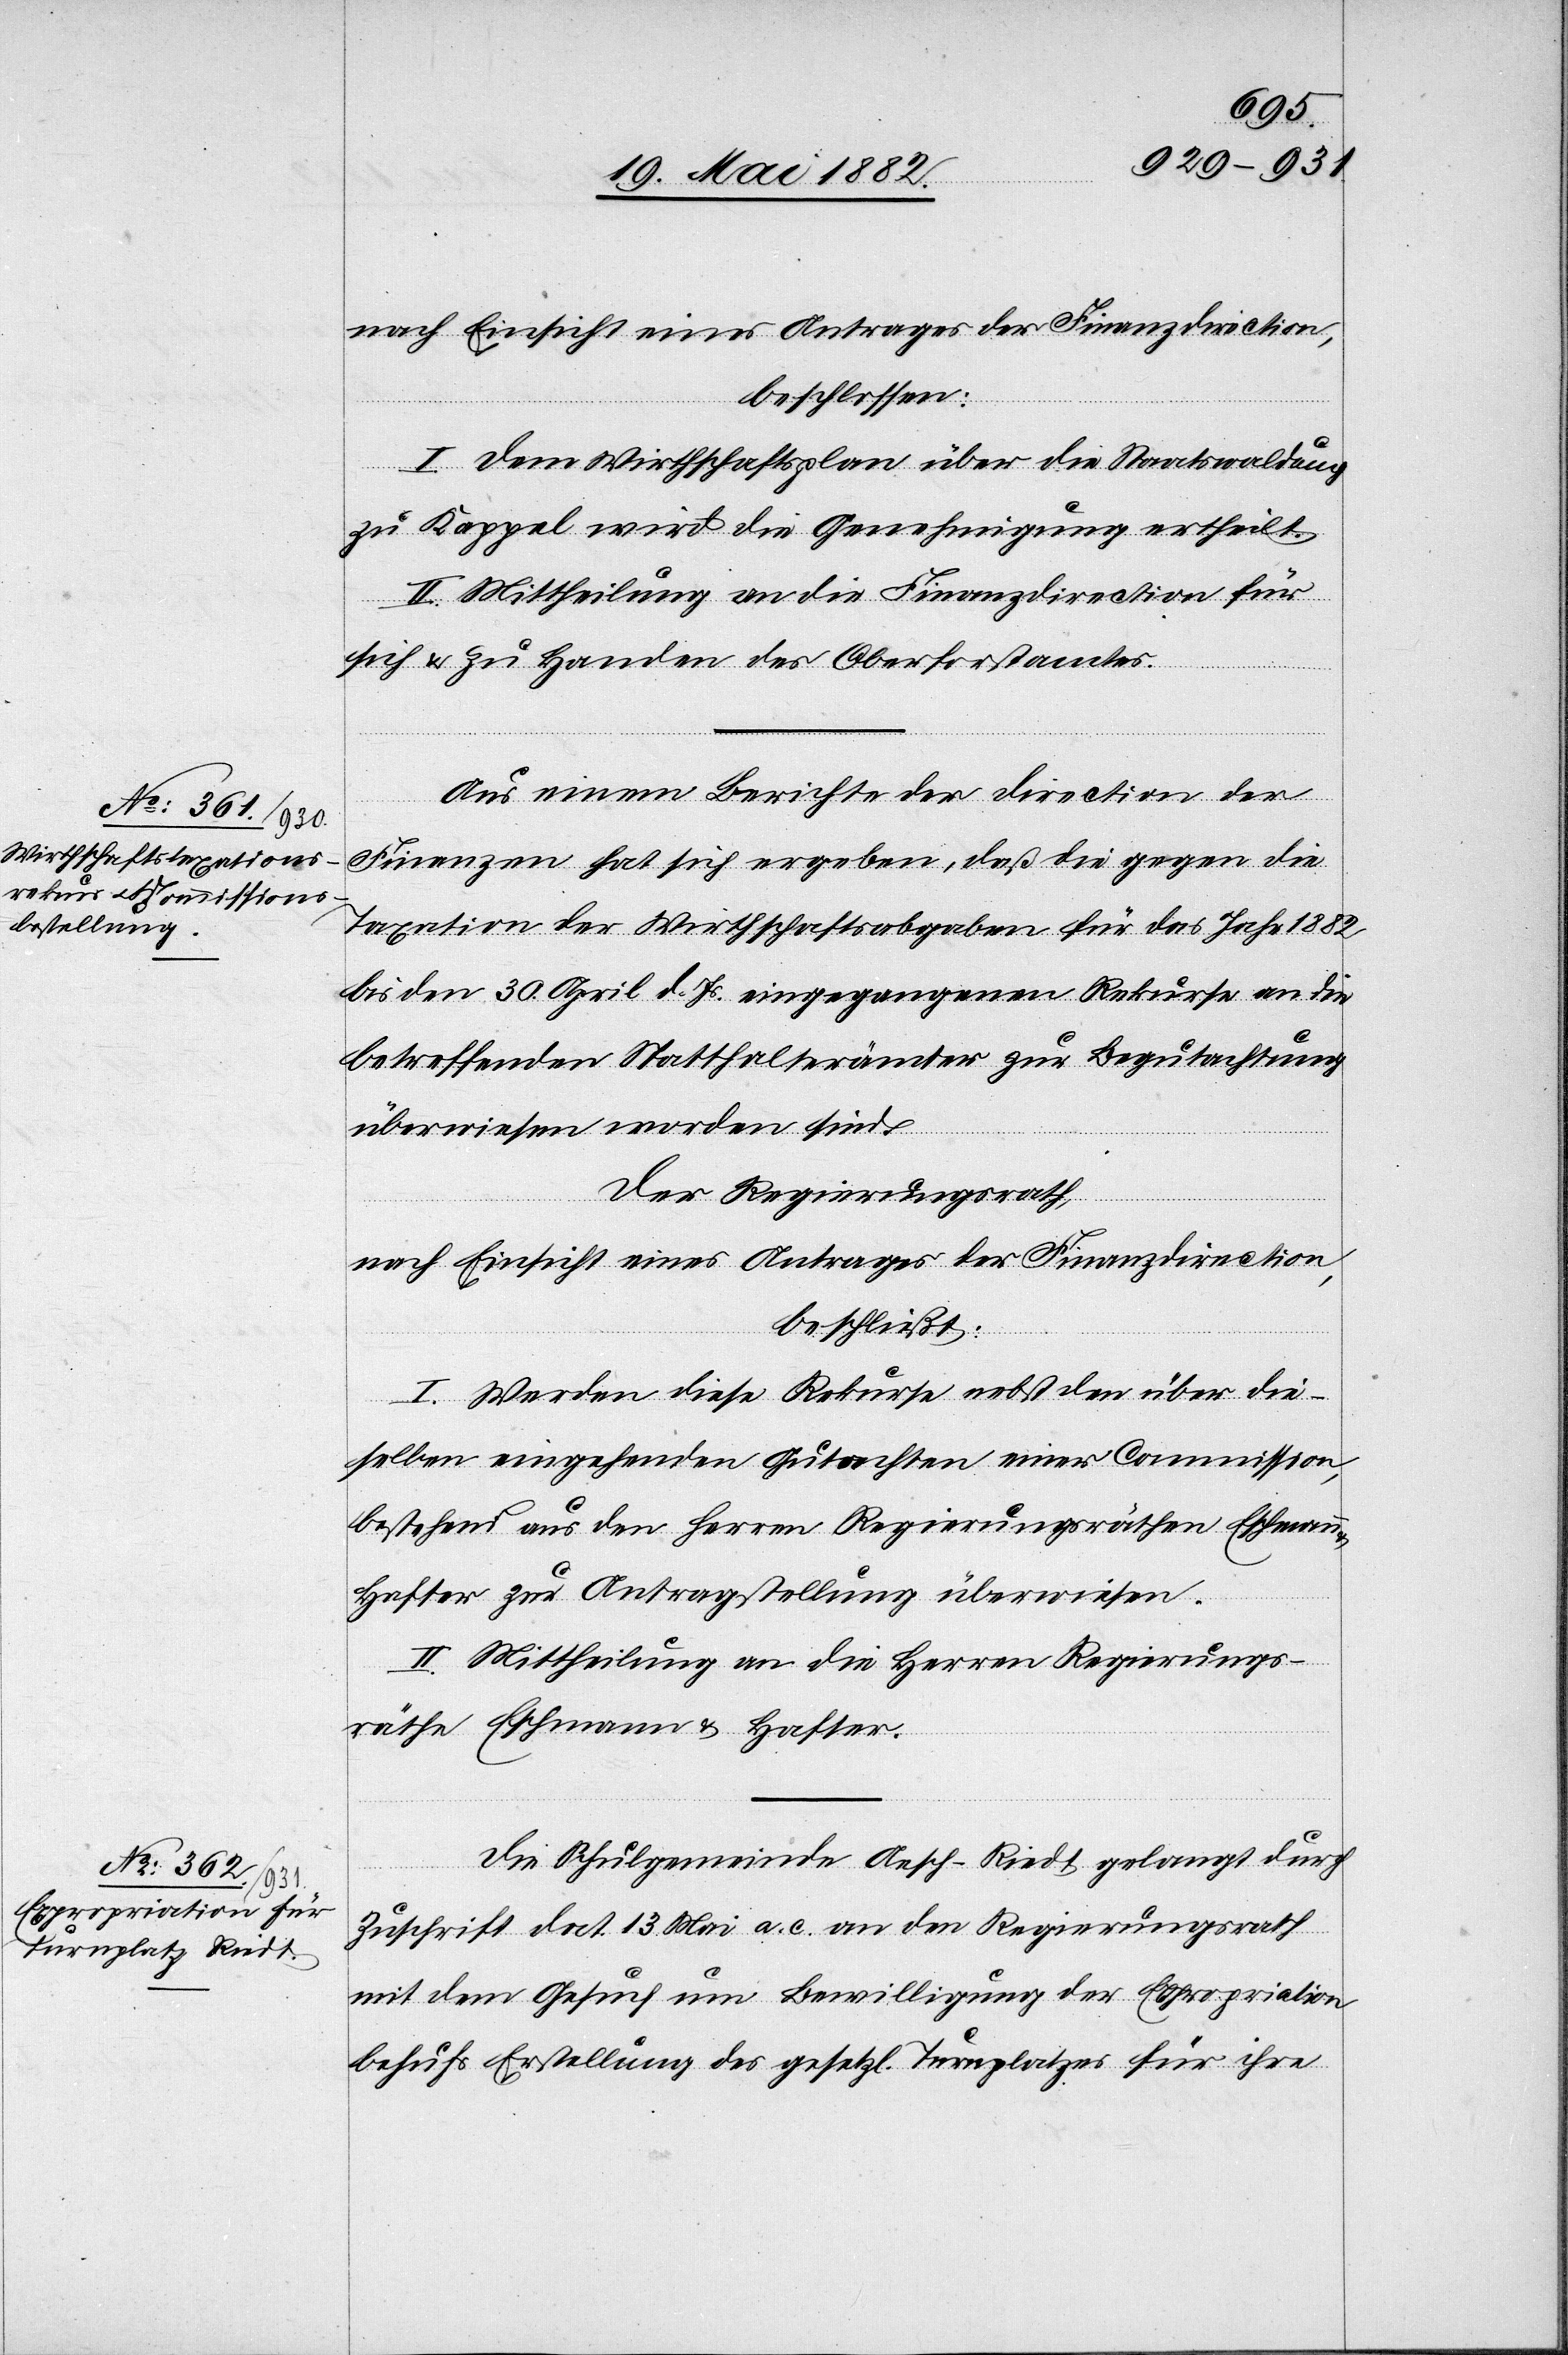
nach Einsicht eines Antrages der Finanzdirection,
beschlossen:
I. Dem Wirthschaftsplan über die Staatswaldung
zu Kappel wird die Genehmigung ertheilt.
II. Mittheilung an die Finanzdirection für
sich & zu Handen des Oberforstamtes.
Aus einem Berichte der Direction der
Finanzen hat sich ergeben, daß die gegen die
Taxation der Wirthschaftsabgaben für das Jahr 1882
bis den 30. April d. Js. eingegangen Rekurse an die
betreffenden Statthalterämter zur Begutachtung
überwiesen worden sind.
Der Regierungsrath,
beschließt:
I. Werden diese Rekurse nebst den über die¬
selben eingehenden Gutachten einer Commission,
bestehend aus den Herren Regierungsräthen Eschmann
Hafter zur Antragstellung überwiesen.
II. Mittheilung an die Herren Regierungs¬
räthe Eschmann & Hafter.
Die Schulgemeinde Aesch-Riedt gelangt durch
Zuschrift dat. 13. Mai a. c. an den Regierungsrath
mit dem Gesuch um Bewilligung der Expropriation
behufs Erstellung des gesetzl. Turnplatzes für ihre